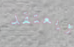
ويعتقد